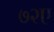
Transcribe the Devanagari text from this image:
७२ए